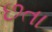
છતા